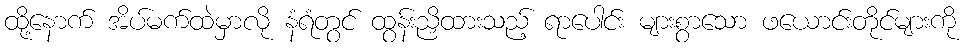
ထို့နောက် အိပ်မက်ထဲမှာလို နံရံတွင် ထွန်းညှိထားသည့် ရာပေါင်း များစွာသော ဖယောင်းတိုင်များကို